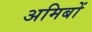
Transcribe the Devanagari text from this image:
अमिबों